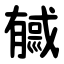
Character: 㦽